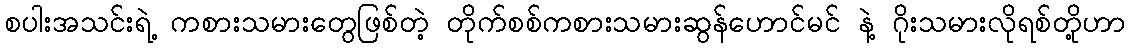
စပါးအသင်းရဲ့ ကစားသမားတွေဖြစ်တဲ့ တိုက်စစ်ကစားသမားဆွန်ဟောင်မင် နဲ့ ဂိုးသမားလိုရစ်တို့ဟာ